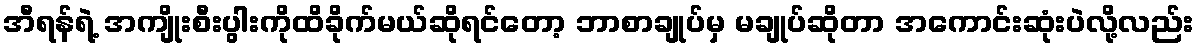
အီရန်ရဲ့ အကျိုးစီးပွါးကိုထိခိုက်မယ်ဆိုရင်တော့ ဘာစာချုပ်မှ မချုပ်ဆိုတာ အကောင်းဆုံးပဲလို့လည်း